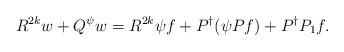
LaTeX: \begin{align*}R^{2k} w + Q^{\psi}w = R^{2k} \psi f + P^{\dagger} (\psi Pf) + P^{\dagger} P_1 f.\end{align*}